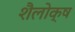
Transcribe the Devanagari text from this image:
शैलोक्ष